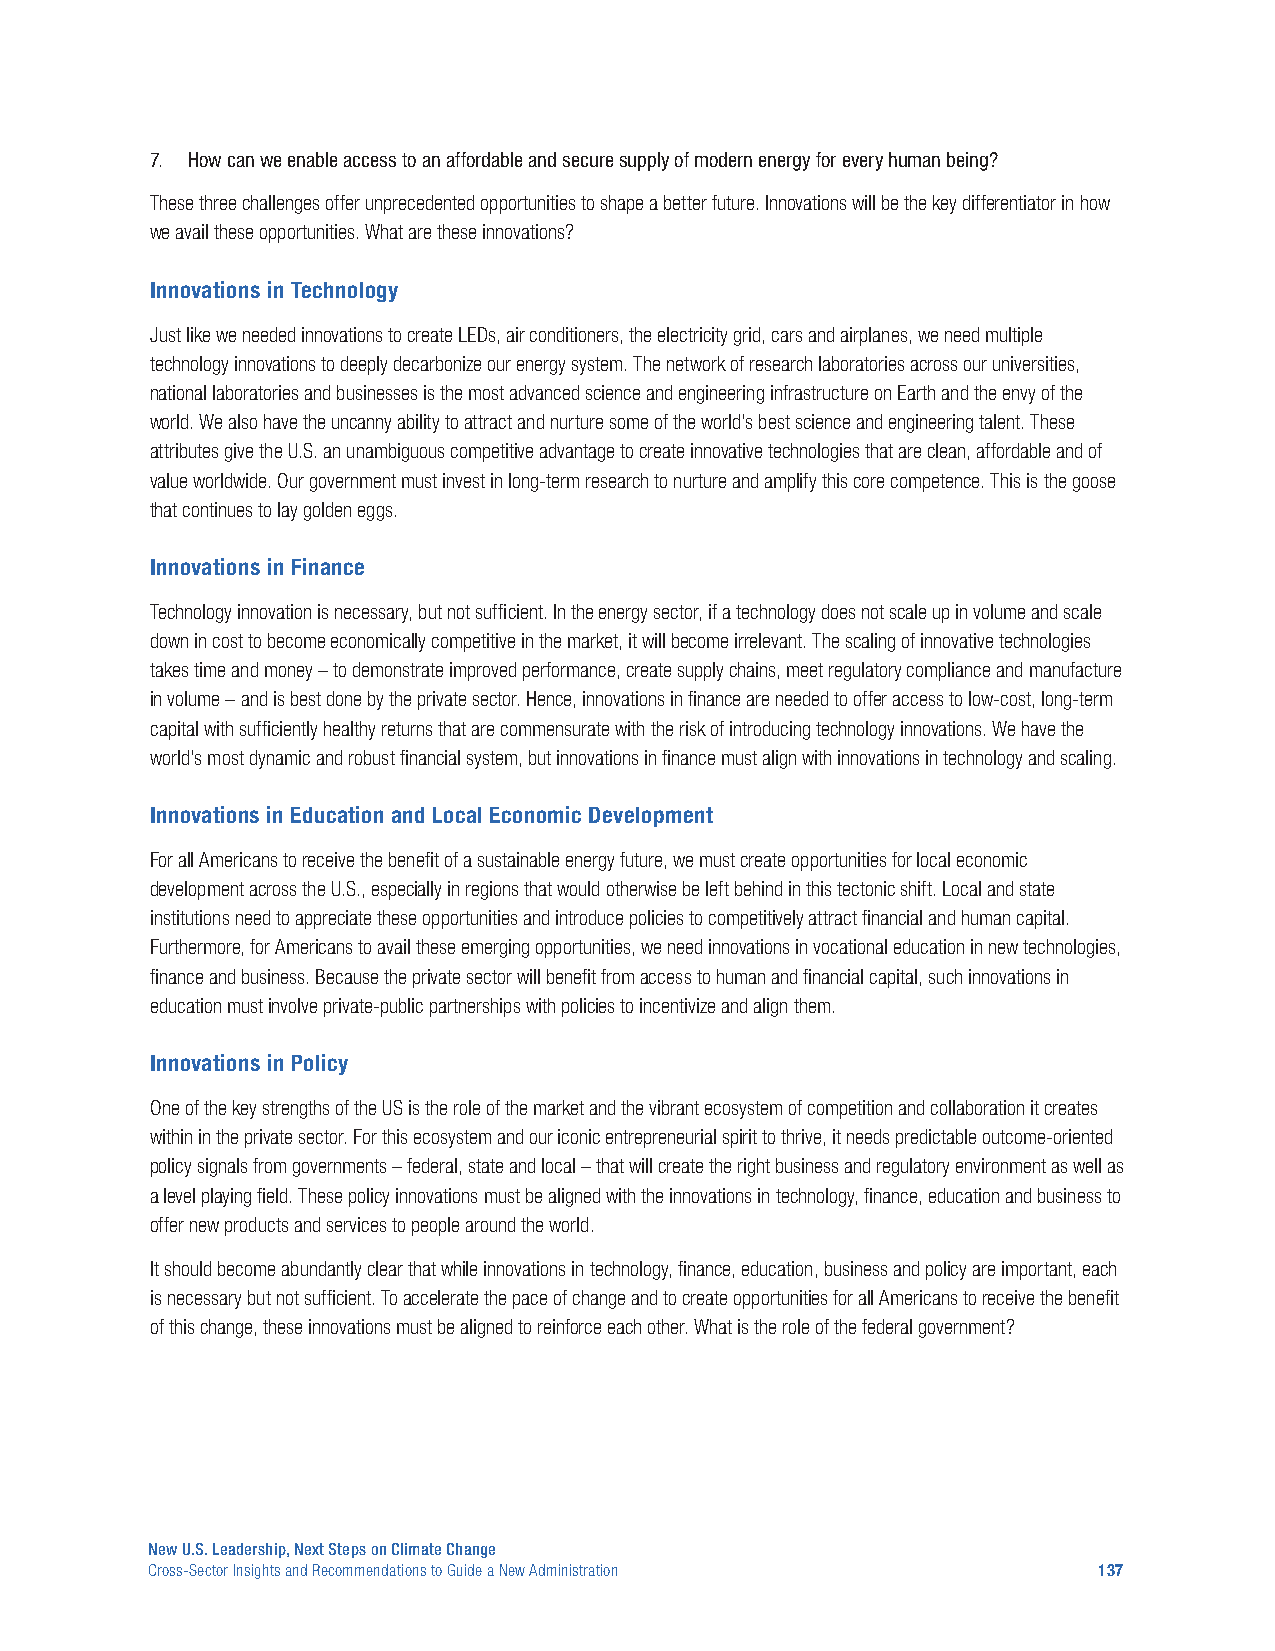
7. How can we enable access to an affordable and secure supply of modern energy for every human being?
 These three challenges offer unprecedented opportunities to shape a better future. Innovations will be the key differentiator in how
 we avail these opportunities. What are these innovations?
 Innovations in Technology
 Just like we needed innovations to create LEDs, air conditioners, the electricity grid, cars and airplanes, we need multiple
 technology innovations to deeply decarbonize our energy system. The network of research laboratories across our universities,
 national laboratories and businesses is the most advanced science and engineering infrastructure on Earth and the envy of the
 world. We also have the uncanny ability to attract and nurture some of the world’s best science and engineering talent. These
 attributes give the U.S. an unambiguous competitive advantage to create innovative technologies that are clean, affordable and of
 value worldwide. Our government must invest in long-term research to nurture and amplify this core competence. This is the goose
 that continues to lay golden eggs.
 Innovations in Finance
 Technology innovation is necessary, but not sufficient. In the energy sector, if a technology does not scale up in volume and scale
 down in cost to become economically competitive in the market, it will become irrelevant. The scaling of innovative technologies
 takes time and money – to demonstrate improved performance, create supply chains, meet regulatory compliance and manufacture
 in volume – and is best done by the private sector. Hence, innovations in finance are needed to offer access to low-cost, long-term
 capital with sufficiently healthy returns that are commensurate with the risk of introducing technology innovations. We have the
 world’s most dynamic and robust financial system, but innovations in finance must align with innovations in technology and scaling.
 Innovations in Education and Local Economic Development
 For all Americans to receive the benefit of a sustainable energy future, we must create opportunities for local economic
 development across the U.S., especially in regions that would otherwise be left behind in this tectonic shift. Local and state
 institutions need to appreciate these opportunities and introduce policies to competitively attract financial and human capital.
 Furthermore, for Americans to avail these emerging opportunities, we need innovations in vocational education in new technologies,
 finance and business. Because the private sector will benefit from access to human and financial capital, such innovations in
 education must involve private-public partnerships with policies to incentivize and align them.
 Innovations in Policy
 One of the key strengths of the US is the role of the market and the vibrant ecosystem of competition and collaboration it creates
 within in the private sector. For this ecosystem and our iconic entrepreneurial spirit to thrive, it needs predictable outcome-oriented
 policy signals from governments – federal, state and local – that will create the right business and regulatory environment as well as
 a level playing field. These policy innovations must be aligned with the innovations in technology, finance, education and business to
 offer new products and services to people around the world.
 It should become abundantly clear that while innovations in technology, finance, education, business and policy are important, each
 is necessary but not sufficient. To accelerate the pace of change and to create opportunities for all Americans to receive the benefit
 of this change, these innovations must be aligned to reinforce each other. What is the role of the federal government?
 New U.S. Leadership, Next Steps on Climate Change
 Cross-Sector Insights and Recommendations to Guide a New Administration 137